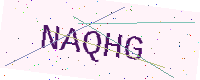
Text: NAQHG